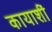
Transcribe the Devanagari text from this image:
कायाशीं